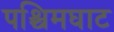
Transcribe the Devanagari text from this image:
पश्चिमघाट